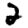
Digit: 2